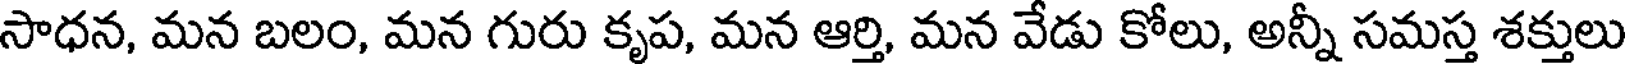
సాధన, మన బలం, మన గురు కృప, మన ఆర్తి, మన వేడు కోలు, అన్నీ సమస్త శక్తులు